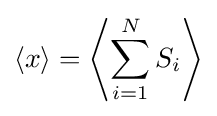
\langle x\rangle =\left\langle \sum _{i=1}^{N}S_{i}\right\rangle